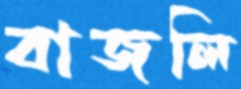
বাজলি